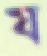
য